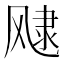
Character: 𲋑